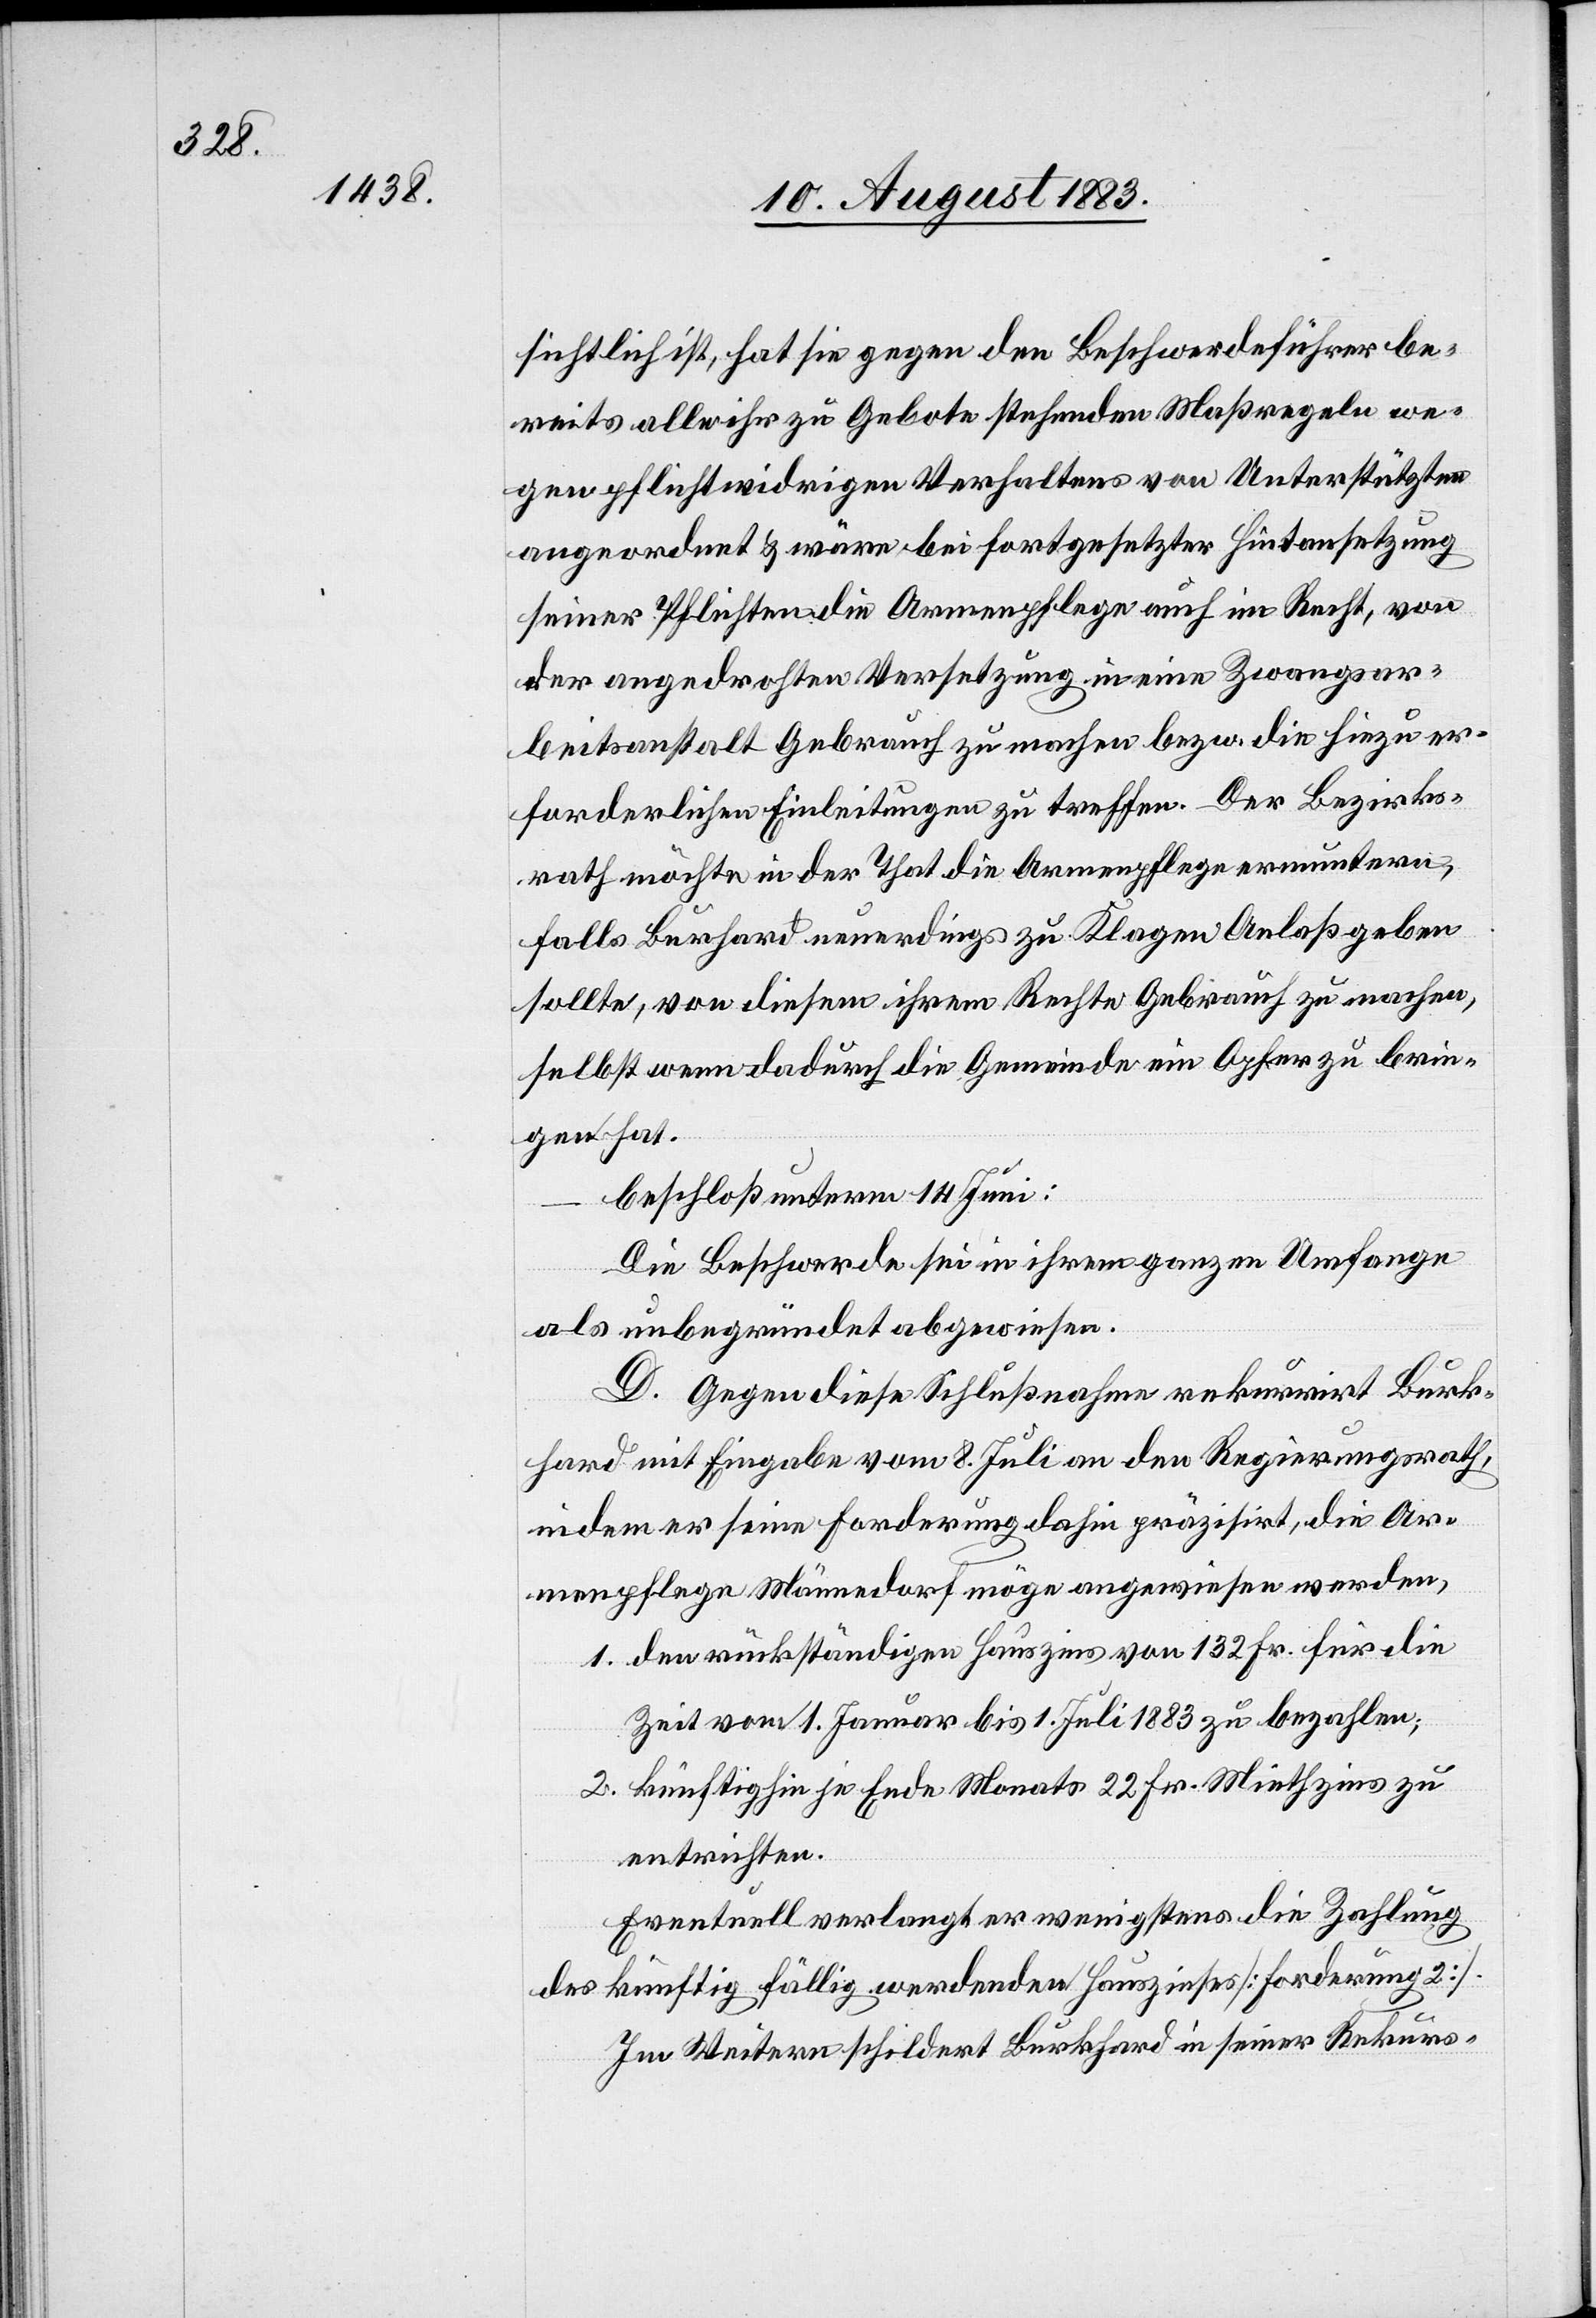
sichtlich ist, hat sie gegen der Beschwerdeführer be¬
reits alle ihr zu Gebote stehenden Maßregeln we¬
gen pflichtwidrigen Verhaltens von Unterstützten
angeordnet & wäre bei fortgesetzter Hintansetzung
seiner Pflichten die Armenpflege auch im Recht, von
den angedrohten Versetzung in eine Zwangsar¬
beitsanstalt Gebrauch zu machen bezw. die hiezu er¬
forderlichen Einleitungen zu treffen. Der Bezirks¬
rath möchte in der That die Armenpflege ermuntern,
falls Burkhard neuerdings zu Klagen Anlaß geben
selbst wenn dadurch die Gemeinde ein Opfer zu brin¬
gen hat.
beschloß unter 14. Juni:
Die Beschwerde sei in ihrem ganzen Umfange
als unbegründet abgewiesen.
D. Gegen diese Schlußnahme rekurrirt Burk¬
hard mit Eingabe vom 8. Juli an den Regierungsrath,
indem er seine Forderung dahin präzisirt, die Ar¬
menpflege Männedorf möge angewiesen werden,
1. den rückständigen Hauszins von 132 Fr. für die
Zeit vom 1. Januar bis 1. Juli 1883 zu bezahlen;
2. künftighin je Ende Monats 22 Fr. Miethzins zu
entrichten.
Eventuell verlangt er wenigstens die Zahlung
des künftig fällig werdenden Hauszinses [Forderung 2].
Im Weitern schildert Burkhard in seiner Rekurs-